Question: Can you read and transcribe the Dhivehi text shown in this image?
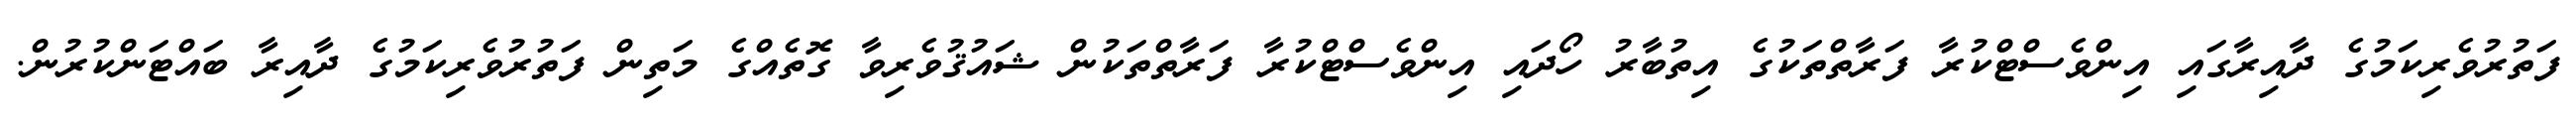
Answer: ފަތުރުވެރިކަމުގެ ދާއިރާގައި އިންވެސްޓްކުރާ ފަރާތްތަކުގެ އިތުބާރު ހޯދައި އިންވެސްޓްކުރާ ފަރާތްތަކުން ޝައުޤުވެރިވާ ގޮތެއްގެ މަތިން ފަތުރުވެރިކަމުގެ ދާއިރާ ބައްޓަންކުރުން.